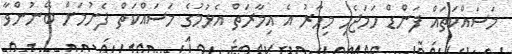
މަސައްކަތައް ފަންޑް ހަމަޖެހި މިހާރު އެ އިމާރަތް އެޅުމުގެ މަސައްކަތް ފެށުމަށް ބޭނުންވާ